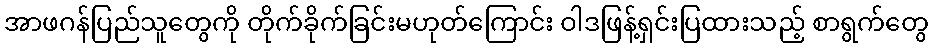
အာဖဂန်ပြည်သူတွေကို တိုက်ခိုက်ခြင်းမဟုတ်ကြောင်း ဝါဒဖြန့်ရှင်းပြထားသည့် စာရွက်တွေ